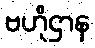
ဗဟိုဌာန